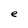
Character: e